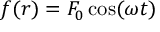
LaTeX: f ( r ) = F _ { 0 } \cos ( \omega t )